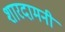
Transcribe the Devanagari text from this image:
शारदामनी